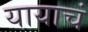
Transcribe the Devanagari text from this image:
यायाचं